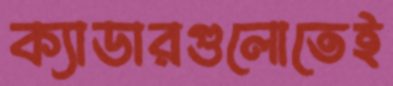
ক্যাডারগুলোতেই